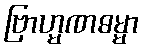
ဗြာဟ္မဏဓမ္မာ